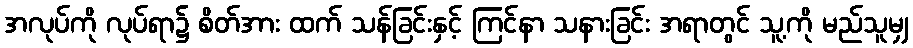
အလုပ်ကို လုပ်ရာ၌ စိတ်အား ထက် သန်ခြင်းနှင့် ကြင်နာ သနားခြင်း အရာတွင် သူ့ကို မည်သူမျှ